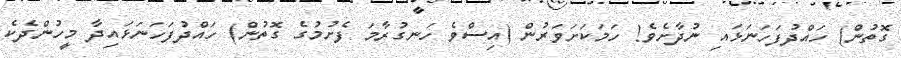
ގޮތުން) ހައްދުފަހަނަޅައި ނުދާށެވެ! ހަމަކަށަވަރުން (އިސްވެ ހަނގުރާމަ ފެށުމުގެ ގޮތުން) ހައްދުފަހަނަޅައިދާ މީހުންދެކެ